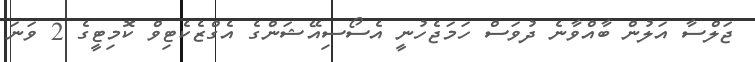
ޖަލްސާ އަލުން ބާއްވާނެ ދުވަސް ހަމަޖެހުނީ އެސޯސިއޭޝަންގެ އެގްޒެކެޓިވް ކޮމިޓީގެ 2 ވަނަ